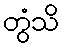
တွံသိ